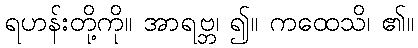
ရဟန်းတို့ကို။ အာရဗ္ဘ၊ ၍။ ကထေသိ၊ ၏။